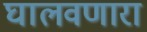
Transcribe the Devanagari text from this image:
घालवणारा